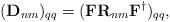
LaTeX: \begin{align*}(\mathbf{D}_{nm})_{qq}=(\mathbf{F}\mathbf{R}_{nm}\mathbf{F}^{\dag})_{qq},\end{align*}